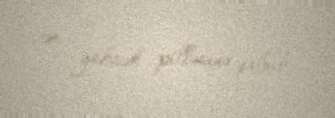
ən yüksək pilləsinə qalxıb.